Vaccine operations Central Provinces 1900-1911 - 1900-1911
Year: 1900
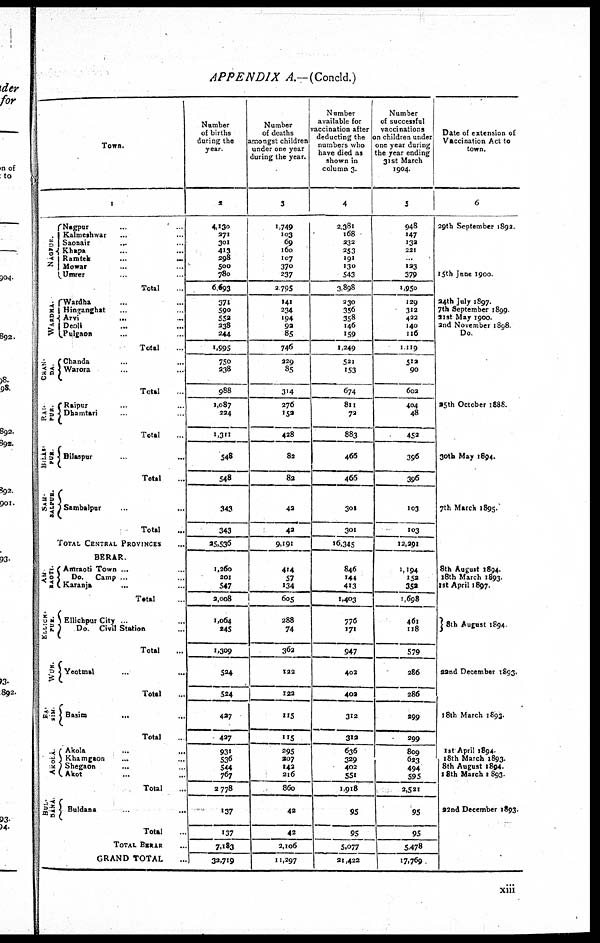
APPENDIX A.—(Concld.)
Town.
1
NAGPUR. ... ...
WARDHA.
CHAN¬
DA
RAI¬
PUR
BILAS¬
PUR.
SAM-
BALPUR.
AM¬
RAOTI.
ELLICH¬
PUR.
WUN.
BA¬
SIM.
AKOLA.
BUL¬
DANA.
Nagpur ... ...
Kalmeshwar ... ...
Saonair
... ...
Khapa
...
...
Ramtek
...
...
Mowar ... ...
Umrer ... ...
Total ...
Wardha ... ...
Hinganghat ... ...
Arvi
... ...
Deoli ... ...
Pulgaon ... ...
Total
Chanda ... ...
Warora ... ...
Total
Raipur ... ...
Dhamtari ... ...
Total
Bilaspur ... ...
Total ...
Sambalpur ... ...
Total ...
TOTAL CENTRAL PROVINCES
BERAR.
Amraoti Town ... ...
Do.
Camp ... ...
Karanja ... ...
Total ...
Ellichpur City ... ...
Do.
Civil Station ...
Total
Yeotmal ... ...
Total
Basim...
...
Total
Akola
...
...
Khamgaon ... ...
Shegaon ... ...
Akot ... ...
Total
Buldana
...
Total ...
TOTAL BERAR ...
GRAND TOTAL ...
Number
of births
during the
year.
2
4,130
271
301
413
298
500
780
6,693
371
590
552
338
244
1,995
750
238
988
1,087
224
1,311
548
548
343
343
25,536
1,260
201
547
2,008
1,064
345
1,309
524
524
427
427
931
536
544
767
2,778
137
137
7,183
32,719
Number
of deaths
amongst children
under one year
during the year.
3
1,749
103
69
160
107
370
237
2,795
141
234
194
92
85
746
229
85
314
276
152
428
82
82
42
42
9,191
414
57
134
605
288
74
362
122
122
115
115
295
207
142
216
860
42
42
2,106
11,297
Number
available for
vaccination after
deducting the
numbers who
have died as
shown in
column 3.
4
2,381
168
232
253
191
130
543
3,898
230
356
358
146
159
1,249
521
153
674
811
72
883
466
466
301
301
16,345
846
144
413
1,403
776
171
947
402
402
312
312
636
329
402
551
1,918
95
95
5,077
21,422
Number
of successful
vaccinations
on children under
one year during
the year ending
31st March
1904.
5
948
147
132
221
..
123
379
1,950
129
312
422
140
116
1,119
512
90
602
404
48
452
396
396
103
103
12,291
1,194
152
352
1,698
461
118
579
286
286
299
299
809
623
494
595
2,521
95
95
5,478
17,769
Date of extension of
Vaccination Act to
town.
6
29th September 1892.
15th June 1900.
24th July 1897.
7th September 1899
21st May 1900.
2nd November 1898.
Do.
25th October 1888.
30th May 1894.
7th March 1895.
8th August 1894.
18th March 1893.
1st April 1897.
8th August 1894
22nd December 1893.
18th March 1893.
1st April 1894.
18th March 1893.
8th August 1894.
18th March 1893.
22nd December 1893.
xiii